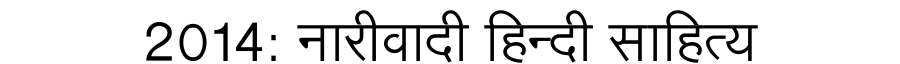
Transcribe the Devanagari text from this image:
2014: नारीवादी हिन्दी साहित्य